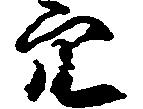
穴